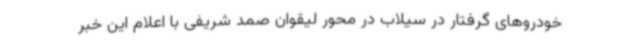
خودروهای گرفتار در سیلاب در محور لیقوان صمد شریفی با اعلام این خبر